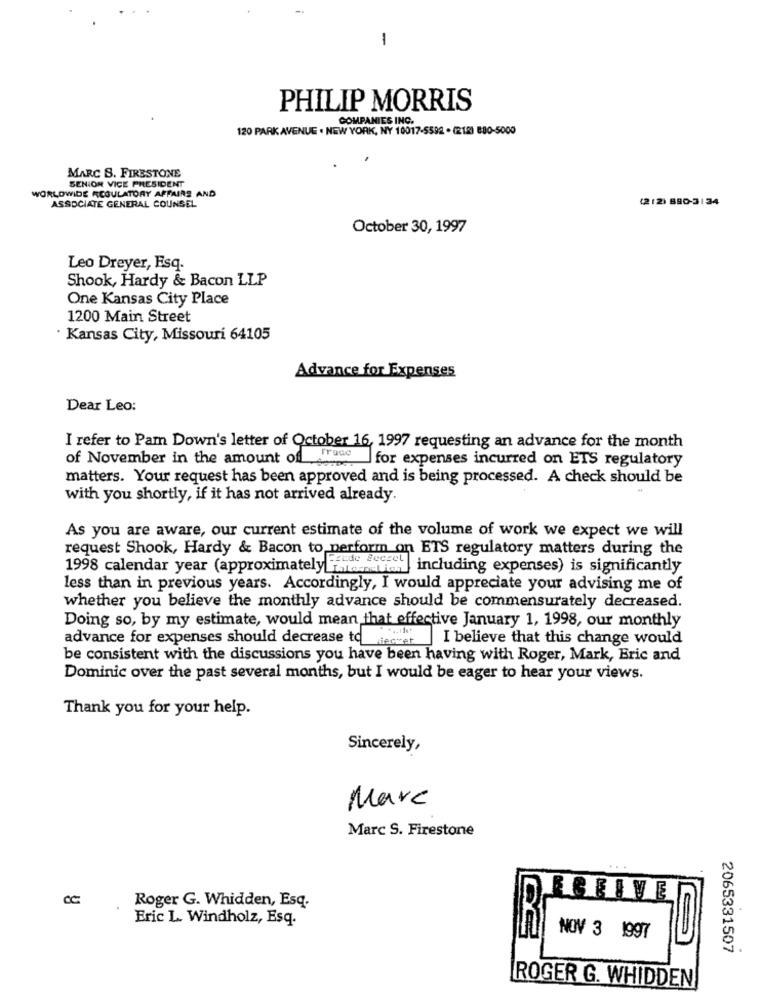
-
PHILIP MORRIS
COMPANIES INC.
120 PARK AVENUE . NEW YORK, NY 10017-5592 . (218) 880-5000
SENIOR VICE PRESIDENT
MARC S. FIRESTONE
WORLDWIDE REGULATORY AFFAIRS AND
(212) 890-31 34
ASSOCIATE GENERAL COUNSEL
October 30, 1997
Leo Dreyer, Esq.
Shook, Hardy & Bacon LLP
One Kansas City Place
1200 Main Street
· Kansas City, Missouri 64105
Advance for Expenses
Dear Leo:
I refer to Pam Down's letter of October 16, 1997 requesting an advance for the month
fraco
of November in the amount of
for expenses incurred on ETS regulatory
matters. Your request has been approved and is being processed. A check should be
with you shortly, if it has not arrived already.
As you are aware, our current estimate of the volume of work we expect we will
request Shook, Hardy & Bacon to perform on ETS regulatory matters during the
1998 calendar year (approximately arconditon]
Feude Secret |including expenses) is significantly
less than in previous years. Accordingly, I would appreciate your advising me of
whether you believe the monthly advance should be commensurately decreased.
Doing so, by my estimate, would mean that effective January 1, 1998, our monthly
dece. I believe that this change would
advance for expenses should decrease to_dec-et.
be consistent with the discussions you have been having with Roger, Mark, Eric and
Dominic over the past several months, but I would be eager to hear your views.
Thank you for your help.
Sincerely,
Marc
Marc S. Firestone
...
RSRIVE
Roger G. Whidden, Esq.
Eric L. Windholz, Esq.
NOV 3 1997
2065331507
ROGER G. WHIDDEN